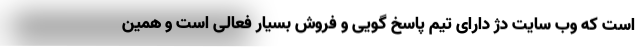
است که وب سایت دژ دارای تیم پاسخ گویی و فروش بسیار فعالی است و همین